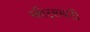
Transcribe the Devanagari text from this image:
स्कीट्ससाठी